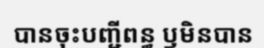
បានចុះបញ្ជីពន្ធ ឫមិនបាន